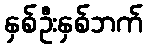
နှစ်ဦးနှစ်ဘက်